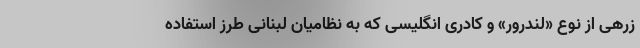
زرهی از نوع «لندرور» و کادری انگلیسی که به نظامیان لبنانی طرز استفاده